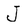
Character: J